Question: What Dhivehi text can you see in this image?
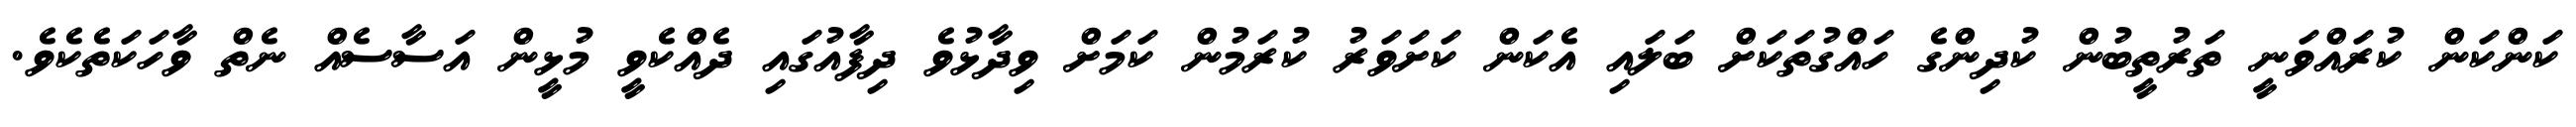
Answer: ކަންކަން ކުރައްވަނީ ތަރުތީބުން ކުދިންގެ ހައްގުތަކަށް ބަލައި އެކަން ކަށަވަރު ކުރަމުން ކަމަށް ވިދާޅުވެ ދިފާއުގައި ދެއްކެވީ މުޅީން އަސާސެއް ނެތް ވާހަކަތެކެވެ.